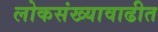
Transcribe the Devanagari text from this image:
लोकसंख्यावाढीत